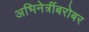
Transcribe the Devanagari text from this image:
अभिनेत्रींबरोबर